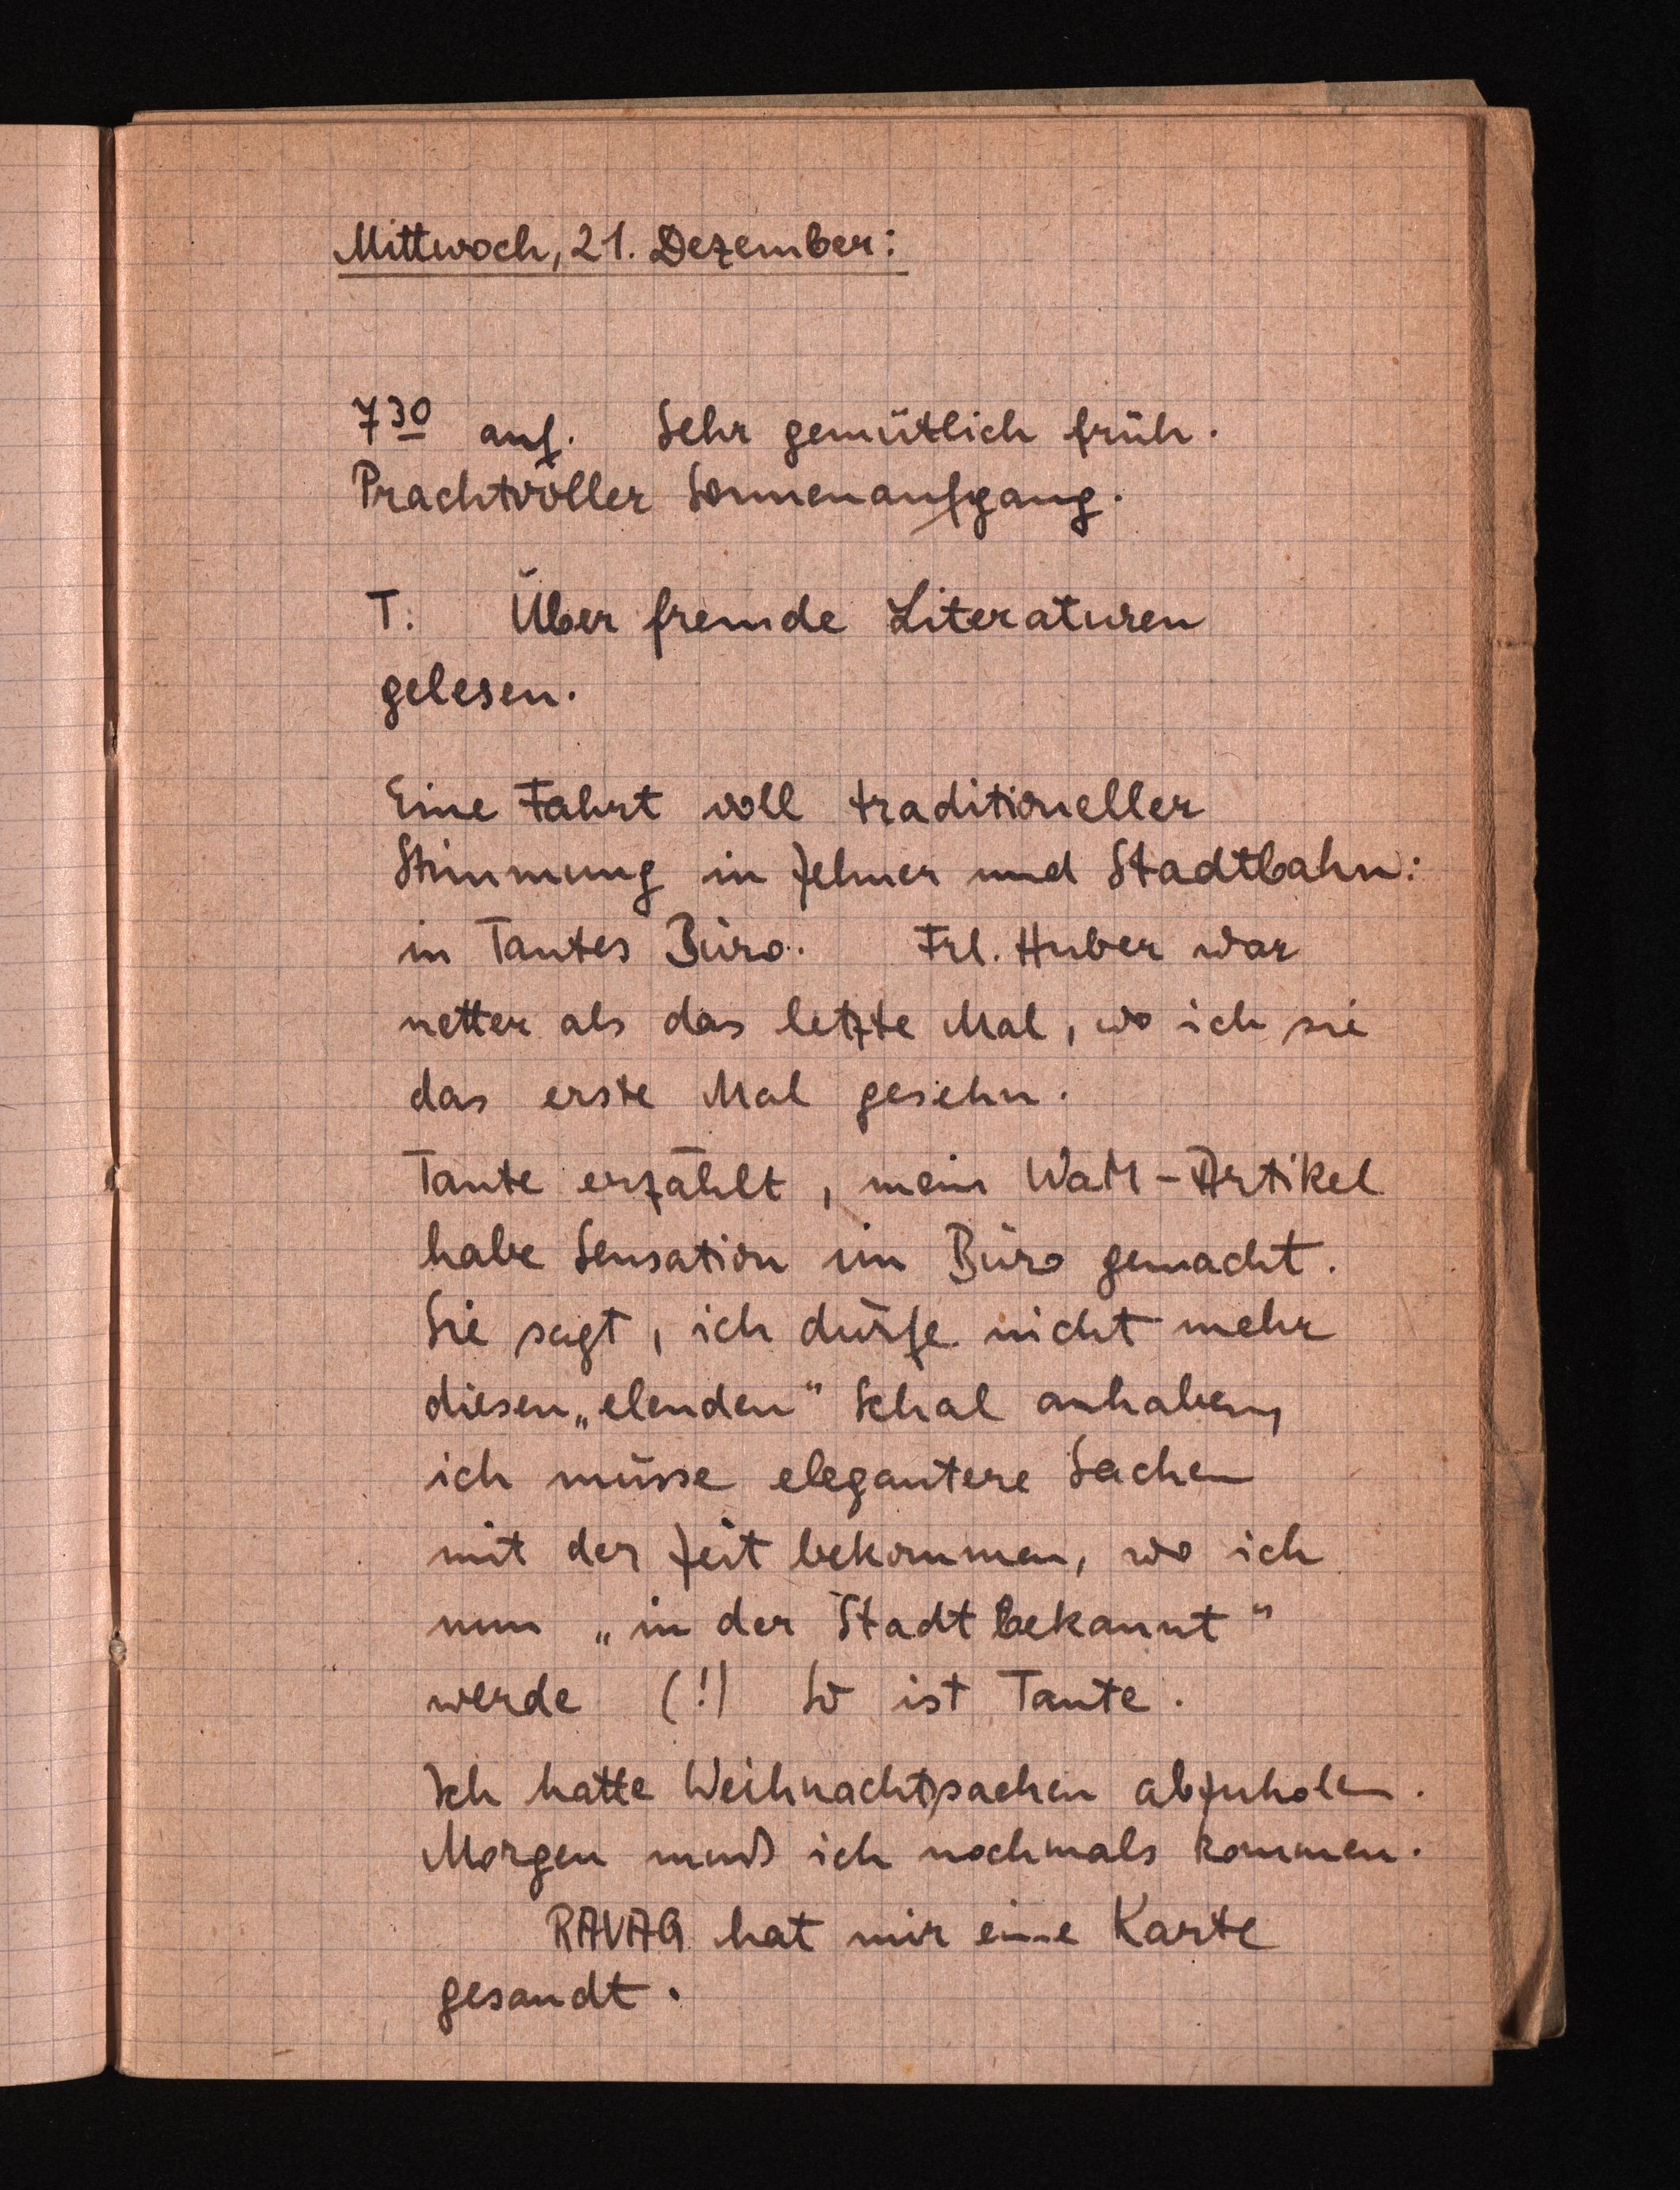
Mittwoch, 21. Dezember:
730 auf. Sehr gemütlich früh.
Prachtvoller Sonnenaufgang.
T: Über freide Literaturen
gelesen.
Eine Fahrt voll traditioneller
Stimmung in Zehner und Stadtbahn.
in Tantes Büro. Frl. Huber war
netter als das letzte Mal, wo ich sie
das erste Mal gesehn.
Tante erzahlt, mein WaM-Artikel
habe Sensation im Büro gemacht.
Sie seigt, ich durfe nicht mehr
diesen „"elenden" Schal anhaben,
ich müsse elegantere Sachen
mit der Zeit bekommen, wo ich
nun "in der Stadt bekannt"
werde (!) Wo ist, Tante.
Ich hatte Weihnachtssachen abzuholen.
Morgen muß ich nochmals kommen.
RAVAG hat mir eine Karte
gesandt.